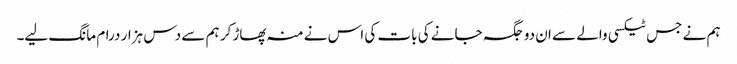
ہم نے جس ٹیکسی والے سے ان دو جگہ جانے کی بات کی اس نے منہ پھاڑ کر ہم سے دس ہزار درام مانگ لیے۔